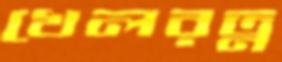
খেলরত্ন